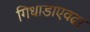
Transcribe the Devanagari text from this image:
गिधाडाएवढा